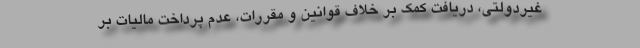
غیردولتی، دریافت کمک بر خلاف قوانین و مقررات، عدم پرداخت مالیات بر